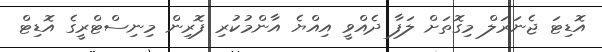
އޮޑިޓަ ޖެނަރަލް މިގޮތަށް ލަފާ ދެއްވީ އިއްޔެ އާންމުކުރި ފޮރިން މިނިސްޓްރީގެ އޮޑިޓް